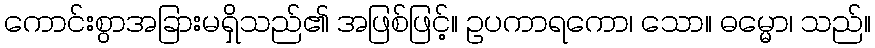
ကောင်းစွာအခြားမရှိသည်၏ အဖြစ်ဖြင့်။ ဥပကာရကော၊ သော။ ဓမ္မော၊ သည်။